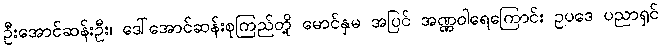
ဦးအောင်ဆန်းဦး၊ ဒေါ်အောင်ဆန်းစုကြည်တို့ မောင်နှမ အပြင် အဏ္ဏဝါရေကြောင်း ဥပဒေ ပညာရှင်